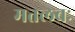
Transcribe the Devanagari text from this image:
मतलबः